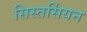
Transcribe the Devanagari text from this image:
सिस्तर्सियन